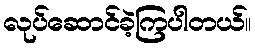
လုပ်ဆောင်ခဲ့ကြပါတယ်။